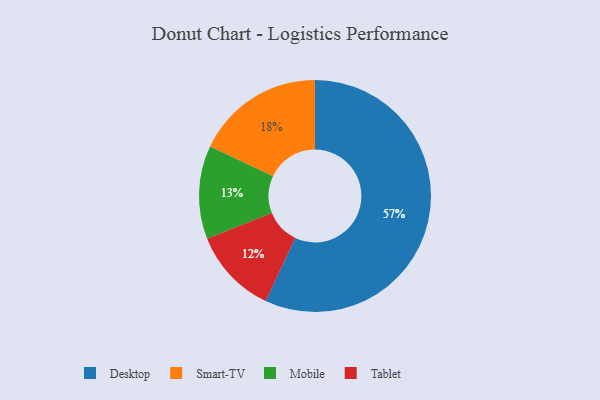
{"axis": {"x": "Category", "y": "Percentage"}, "legend": ["Desktop", "Mobile", "Smart-TV", "Tablet"], "data": [{"x": "Tablet", "y": 12, "type": "Tablet"}, {"x": "Mobile", "y": 13, "type": "Mobile"}, {"x": "Smart-TV", "y": 18, "type": "Smart-TV"}, {"x": "Desktop", "y": 57, "type": "Desktop"}]}